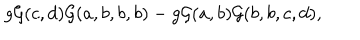
LaTeX: g { \cal G } ( c , d ) { \cal G } ( a , b , b , b ) - g { \cal G } ( a , b ) { \cal G } ( b , b , c , d ) ,